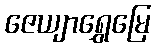
ဇေယျာရွှေမြေ